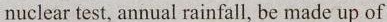
nuclear test, annual rainfall, be made up of